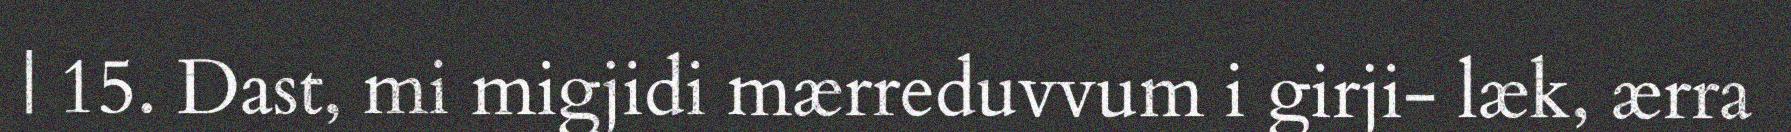
| 15. Dast, mi migjidi mærreduvvum i girji- læk, ærra